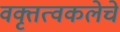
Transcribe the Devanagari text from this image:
वक्तृत्वकलेचे